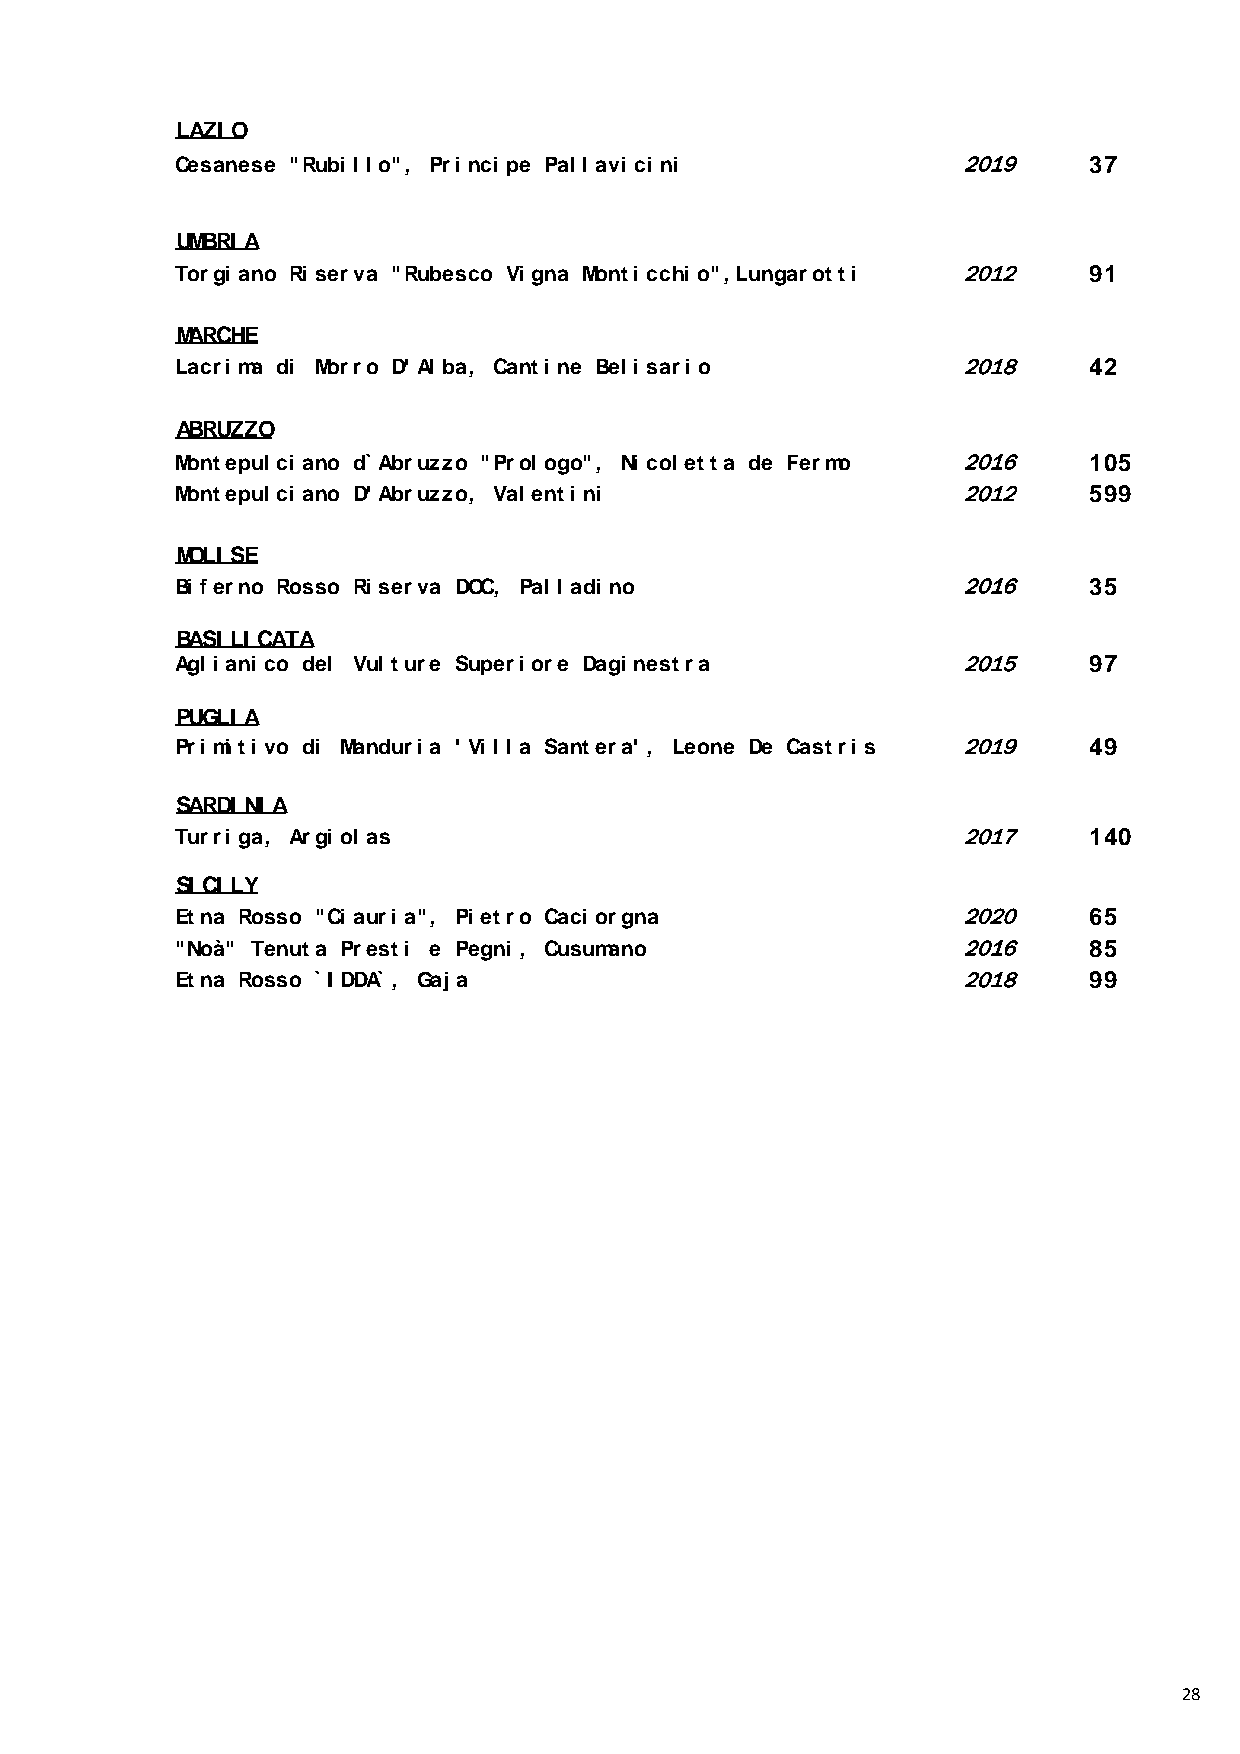
LAZI O
 Cesanese "Rubi l l o", Pri nci pe Pal l avi ci ni   2019     37
 UMBRI A
 Torgi ano Ri serva "Rubesco Vi gna Monti cchi o", Lungarotti 2012 91
 MARCHE
 Lacri ma di Morro D' Al ba, Canti ne Bel i sari o   2018     42
 ABRUZZO
 Montepul ci ano d`Abruzzo "Prol ogo", Ni col etta de Fermo 2016 105
 Montepul ci ano D' Abruzzo, Val enti ni             2012     599
 MOLI SE
 Bi ferno Rosso Ri serva DOC, Pal l adi no           2016     35
 BASI LI CATA
 Agl i ani co del Vul ture Superi ore Dagi nestra    2015     97
 PUGLI A
 Pri mi ti vo di Manduri a ' Vi l l a Santera' , Leone De Castri s 2019 49
 SARDI NI A
 Turri ga, Argi ol as                                2017     140
 SI CI LY
 Etna Rosso "Ci auri a", Pi etro Caci orgna          2020     65
 "Noà" Tenuta Presti e Pegni , Cusumano              2016     85
 Etna Rosso `I DDA`, Gaj a                           2018     99
 28